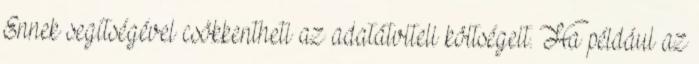
Ennek segítségével csökkentheti az adatátviteli költségeit. Ha például az